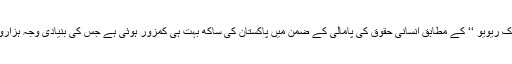
سال رواں میں منظر عام پر آنے والے اقوام متحدہ کے ’’یونیورسل پیریوڈک ریویو ‘‘ کے مطابق انسانی حقوق کی پامالی کے ضمن میں پاکستان کی ساکھ بہت ہی کمزور ہوئی ہے جس کی بنیادی وجہ ہزاروں پاکستانی شہریوں کو جبری طور پر غائب کر دیے جانے کا عمل ہے۔